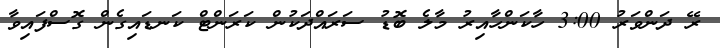
ރޭ ދަންވަރު 3:00 ހާކަންހާއިރު މާލެ ބޮޑު ސަރައްދަކުން ކަރަންޓް ކަނޑައިގެން ގޮސްފައިވާ